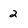
Character: 2